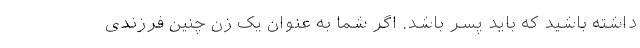
داشته باشید که باید پسر باشد. اگر شما به عنوان یک زن چنین فرزندی